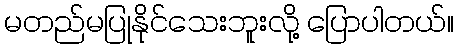
မတည်မပြုနိုင်သေးဘူးလို့ ပြောပါတယ်။